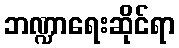
ဘဏ္ဍာရေးဆိုင်ရာ